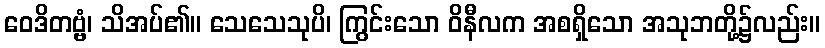
ဝေဒိတဗ္ဗံ၊ သိအပ်၏။ သေသေသုပိ၊ ကြွင်းသော ဝိနီလက အစရှိသော အသုဘတို့၌လည်း။